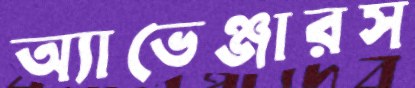
অ্যাভেঞ্জারস